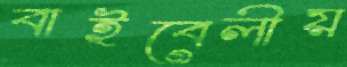
বাইবেলীয়